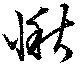
愀